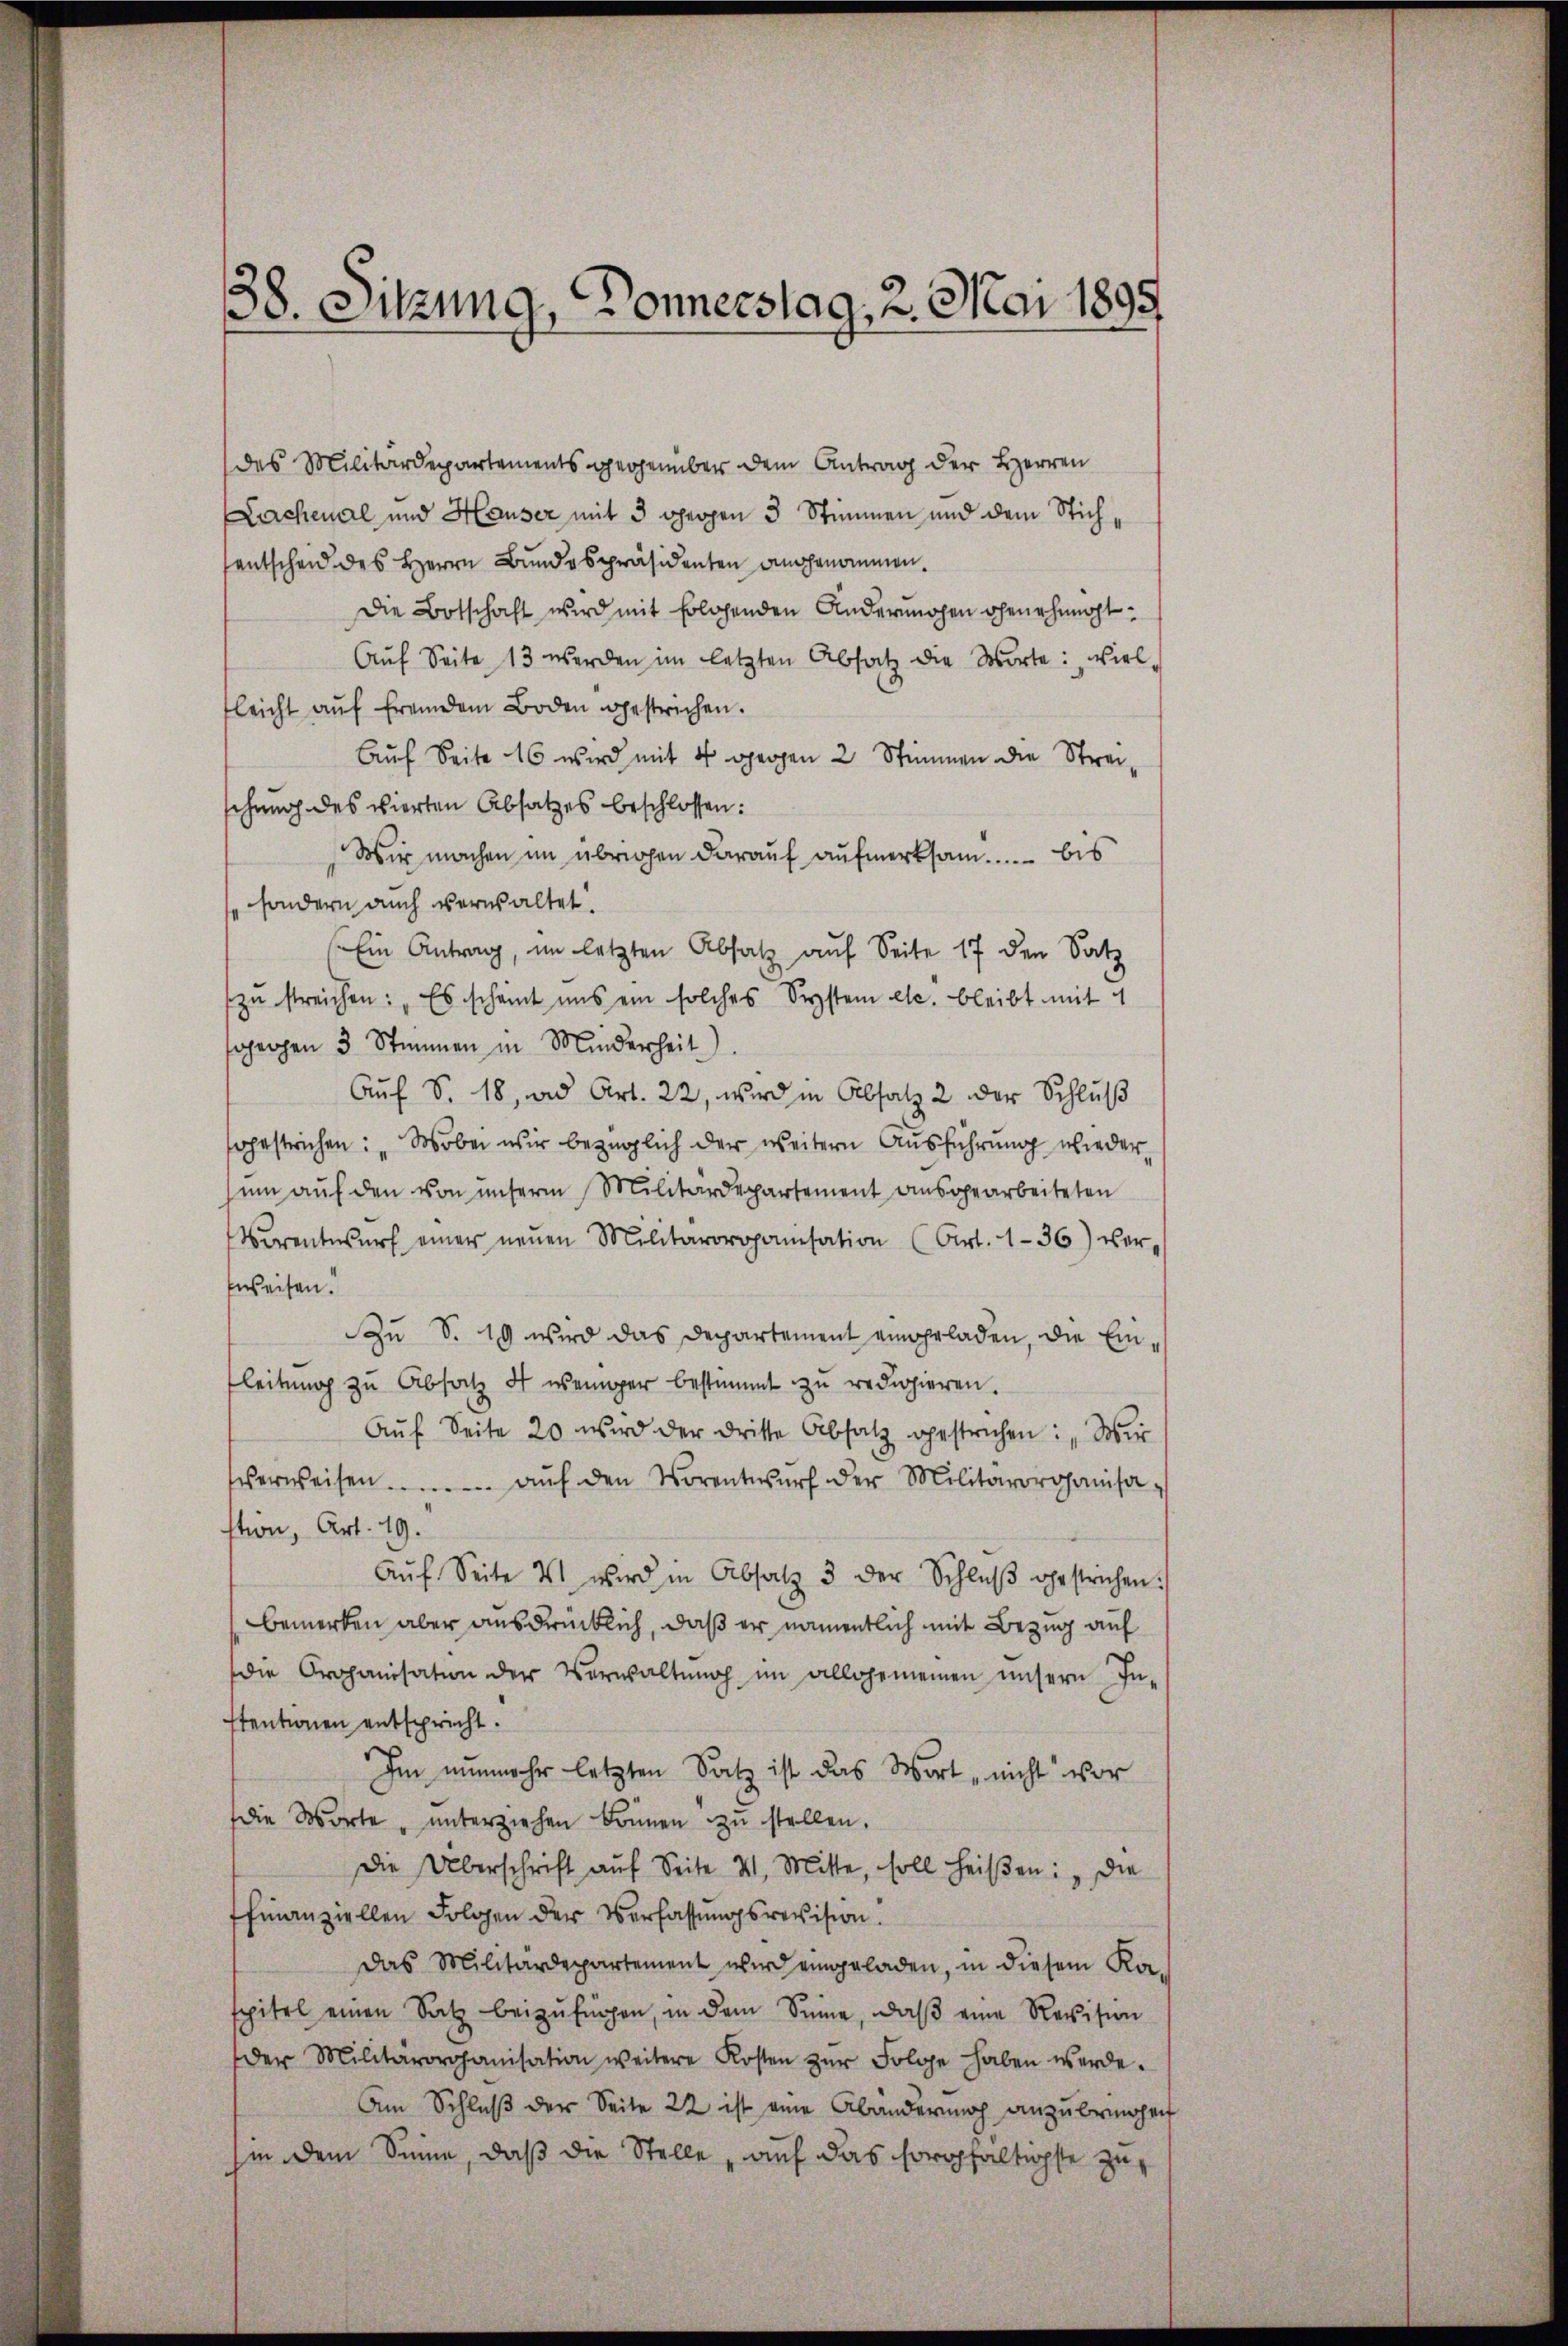
38. Sitzung, Donnerstag, 2. Mai 1895

des Militärdepartements gegenüber dem Antrag der Herren
Lerchenal und Hauser mit 3 beigen 3 Stimmen und dem Stichentscheid des Herrn Bundespräsidenten angenommen.
Die Botschaft wird mit folgenden Anderungen ohnehmigt.
Auf Seite 13 werden im letzten Absatz die Worte: Viel-
leicht aŭf fremdem Boden gestrichen.
Auf Seite 16 wird mit 4 gegen 2 Stimmen die Streischung des vierten Absatzes beschlossen:
Wir machen im übrigen daraŭf aŭfmerksam..... bis
sondern auch verwaltet.
(Ein Antrag, im letzten Absatz auf Seite 17 den Satz
zu streichen: „Es scheint uns ein solches System etc. bleibt mit 4
sgegen 3 Stimmen in Minderheit)
Auf S. 18, und Art. 22, wird in Absatz 2 der Schluß
gestrichen: „Wobei wir bezüglich der weitern Ausführung wiederŭm aŭf den von unserm Militärdepartement aŭsgearbeiteten
Verentwŭrf einer neŭen Militärorganisation (Art. 136) ver-
fweisen.
Zu S. 19 wird das Departement eingeladen, die Einleitung zu Absatz ds weniger bestimmt zu redigieren.
Aŭf Seite 20 wird der dritte Absatz gestrichen: „Wir
verweisen............ aŭf den Vorentwŭrf der Militärorganisa-
stion, Art. 19.
Aŭf Seite 4 wird in Absatz 3 der Schlŭβ gestrichen:
bemerken aber ausdrücklich, daß er namentlich mit Bezug auf
die Organisation der Verwaltŭng im allgemeinen unsern In-
stentionen entspricht.
Im nunmehr letzten Satz ist das Wort nicht vor
die Worte „unterziehen können zŭ stellen.
Die Überschrift aŭf Seite W. Mitte, soll heiβen: „Die
finanziellen Folgen der Verfassungsrevision.
Das Militärdepartement wird eingeladen, in diesem Ka-
spitel einen Satz beizufügen, in dem Sinne, daβ eine Revision
der Militärorganisation weitere Kosten zŭr Folge haben werde.
Am Schluß der Seite 22 ist eine Abänderung anzubringen
(in dem Sinne, daß die Stelle auf das sorgfaltigste zu